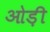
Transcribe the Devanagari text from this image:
ओड़ी